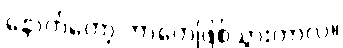
နောက်တော့ ဘာတွေဖြစ်သွားတာလဲ။